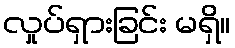
လှုပ်ရှားခြင်း မရှိ။